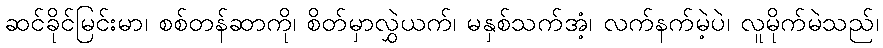
ဆင်ခိုင်မြင်းမာ၊ စစ်တန်ဆာကို၊ စိတ်မှာလွှဲယက်၊ မနှစ်သက်အံ့၊ လက်နက်မဲ့ပဲ၊ လူမိုက်မဲသည်၊